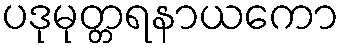
ပဒုမုတ္တရနာယကော